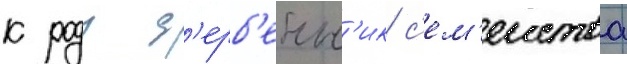
к роду д'ерб'енн'ик с'ем'еиства